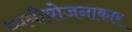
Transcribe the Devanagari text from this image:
ध्वनीयोजनाकार